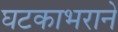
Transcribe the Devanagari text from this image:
घटकाभराने